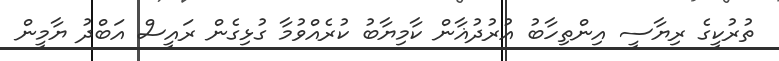
ތުރުކީގެ ރިޔާސީ އިންތިހާބު އުރުދުޣާން ކާމިޔާބު ކުރެއްވުމާ ގުޅިގެން ރައީސް އަބްދު ޔާމީން